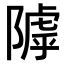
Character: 𨻲